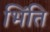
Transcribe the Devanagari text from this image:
भिंति